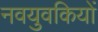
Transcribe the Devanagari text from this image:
नवयुवकियों